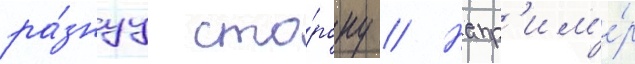
ра́знуу сто́рону // Напр'им'е́р